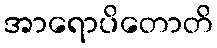
အာရောပိတောတိ